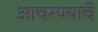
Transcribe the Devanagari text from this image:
आचरण्याचे